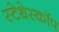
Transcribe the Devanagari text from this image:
स्‍टेथेस्‍कॉप